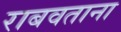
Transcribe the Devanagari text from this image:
राबवताना